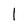
Character: l